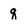
Character: q